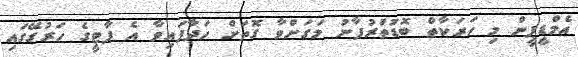
އެމްޑީޕީން މި ހަރަކާތް ބޮޑުތަުރުފާނު މަގަށްވާ ގޮތަށް ހަދާފައިވާ އެ ޕާޓީގެ ހަރުގޭގައި